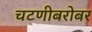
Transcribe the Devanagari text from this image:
चटणीबरोबर